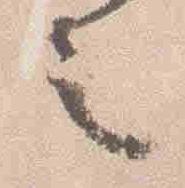
之